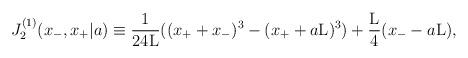
LaTeX: \begin{align*}J_2^{(1)}(x_{-},x_{+}|a) \equiv \frac{1}{24{\rm L}}((x_{+} + x_{-})^3 - (x_{+} + a{\rm L})^3 )+ \frac{\rm L}{4} (x_{-} - a{\rm L}),\end{align*}